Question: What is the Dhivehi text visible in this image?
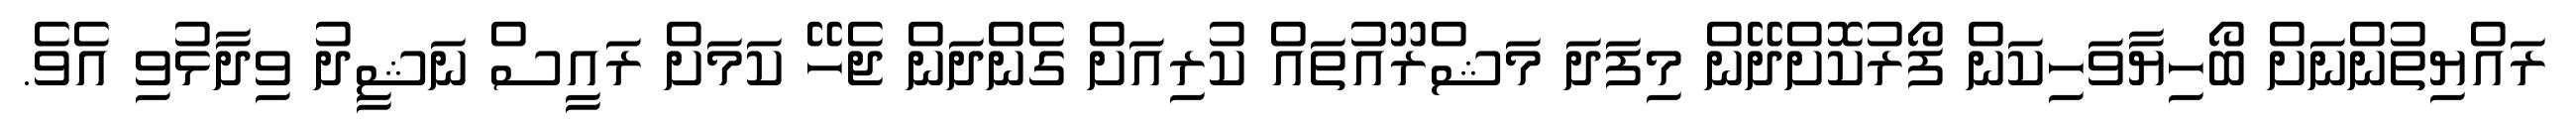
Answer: ރައްޔިތުންނަށް ބޯހިޔާވަހިކަން ފޯރުކޮށްދޭން މިފަދަ މަޝްރޫއުތައް ކުރިއަށް ގެންދަން ޖެހޭ ކަމަށް ރައީސް ނަޝީދު ވިދާޅުވި އެވެ.